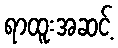
ရာထူးအဆင့်